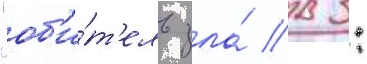
"об'и́т'ель зла́ в 3: